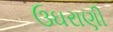
ઉઘરાણી